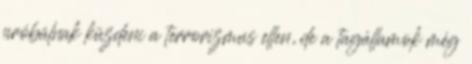
próbálnak küzdeni a terrorizmus ellen, de a tagállamok még